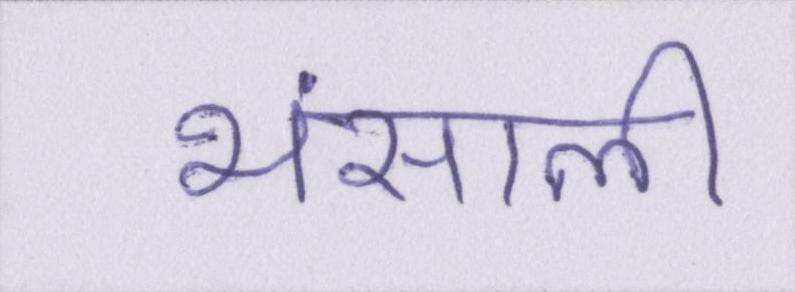
भंसाली